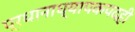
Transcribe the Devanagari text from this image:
प्रधानाध्यापकपदही